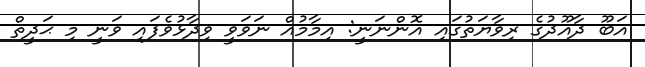
އަބޫ ދާއޫދުގެ ރިވާޔަތުގައި އޮންނަނީ: އިމާމުއް ނަވަވީ ވިދާޅުވެފައި ވަނީ މި ޙަދީޘް